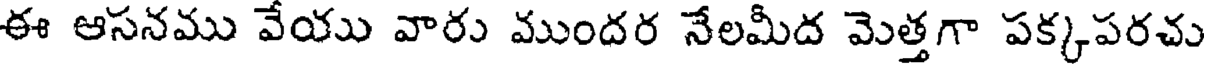
ఈ ఆసనము వేయు వారు ముందర నేలమీద మెత్తగా పక్కపరచు